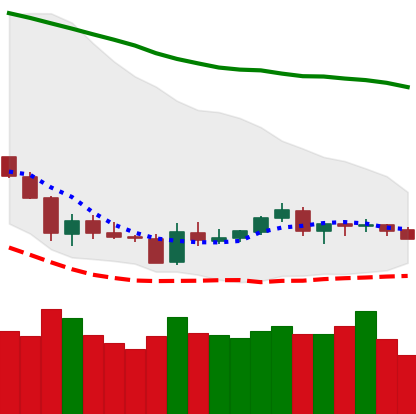
Ticker: LTC-USD
Chart end date: 2018-06-09
Forward return: -14.088%
Label: down_7plus